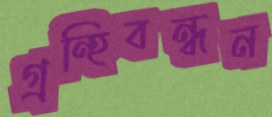
গ্রন্হিবন্ধন